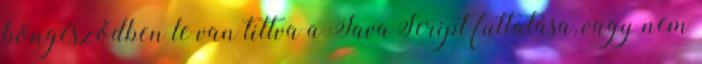
böngésződben le van tiltva a JavaScript futtatása, vagy nem